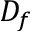
D _ { f }